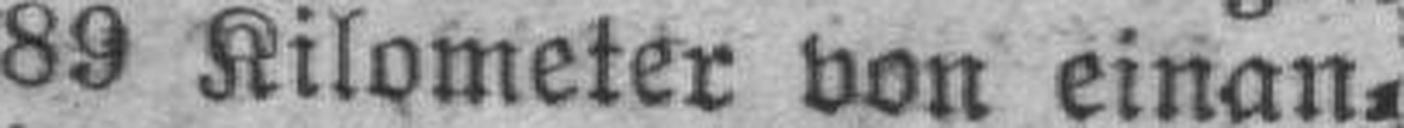
89 Kilometer von einan¬